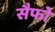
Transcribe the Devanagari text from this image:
सैफो